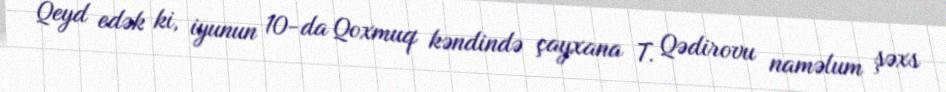
Qeyd edək ki, iyunun 10-da Qoxmuq kəndində çayxana T. Qədirovu naməlum şəxs